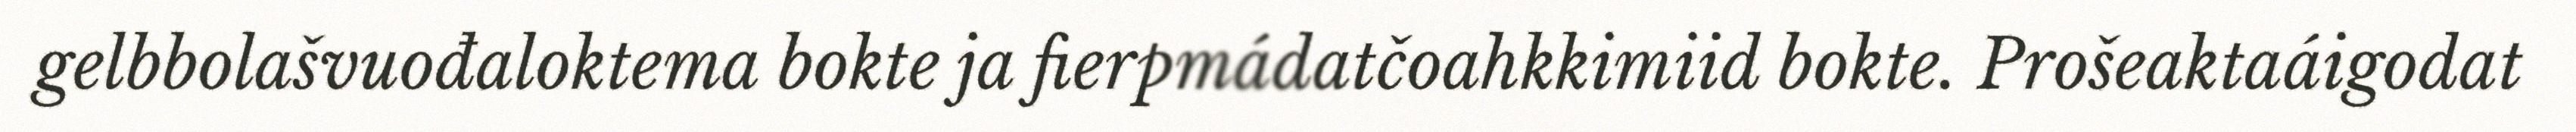
gelbbolašvuođaloktema bokte ja fierpmádatčoahkkimiid bokte. Prošeaktaáigodat